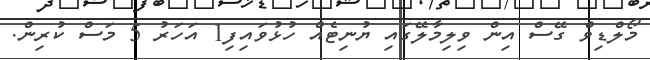
މޯލްޑިވް ގޭސް އިން ވިލިމާލޭގައި ޔުނިޓެއް ހުޅުވައިފި1 އަހަރު 5 މަސް ކުރިން.